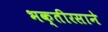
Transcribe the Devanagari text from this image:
भक्तीरसाने